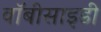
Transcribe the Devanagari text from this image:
वॉबीसाइडी